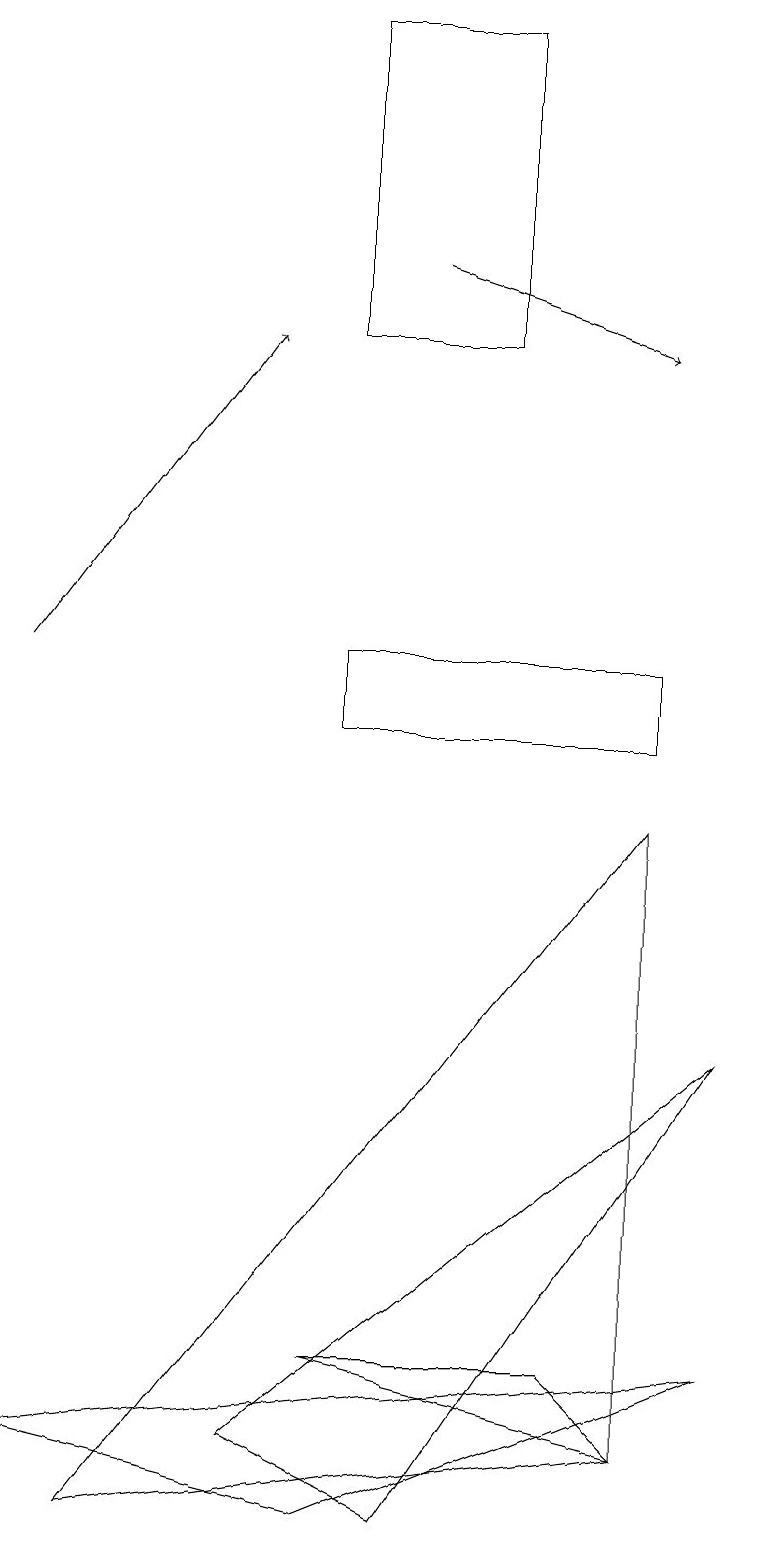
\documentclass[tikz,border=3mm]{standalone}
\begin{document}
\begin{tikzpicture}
\draw (6,15) rectangle (4,19);
\draw (8,1) -- (4,2) -- (7,2) -- cycle;
\draw (0,1) -- (9,2) -- (4,0) -- cycle;
\draw (4,10) rectangle (8,11);
\draw (8,1) -- (1,0) -- (8,9) -- cycle;
\draw[->] (0,11) -- (3,15);
\draw (3,1) -- (9,6) -- (5,0) -- cycle;
\draw[->] (5,16) -- (8,15);
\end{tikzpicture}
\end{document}